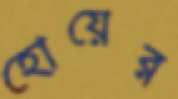
হোয়ের